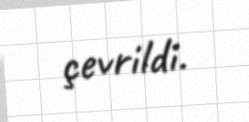
çevrildi.